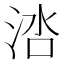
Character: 𬇱